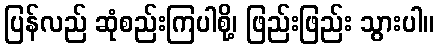
ပြန်လည် ဆုံစည်းကြပါစို့၊ ဖြည်းဖြည်း သွားပါ။